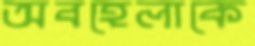
অবহেলাকে